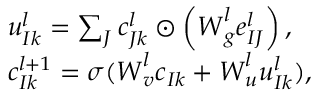
\begin{array} { r l } & { { \boldsymbol { u } } _ { I k } ^ { l } = \sum _ { J } { \boldsymbol { c } } _ { J k } ^ { l } \odot \left( { \boldsymbol { W } } _ { g } ^ { l } { \boldsymbol { e } } _ { I J } ^ { l } \right) , } \\ & { { \boldsymbol { c } } _ { I k } ^ { l + 1 } = \sigma ( { \boldsymbol { W } } _ { v } ^ { l } { \boldsymbol { c } } _ { I k } + { \boldsymbol { W } } _ { u } ^ { l } { \boldsymbol { u } } _ { I k } ^ { l } ) , } \end{array}